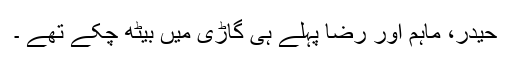
حیدر، ماہم اور رضا پہلے ہی گاڑی میں بیٹھ چکے تھے ۔